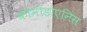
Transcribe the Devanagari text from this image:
कोमोडोएनिस